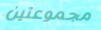
مجموعتين